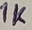
Text: 1K